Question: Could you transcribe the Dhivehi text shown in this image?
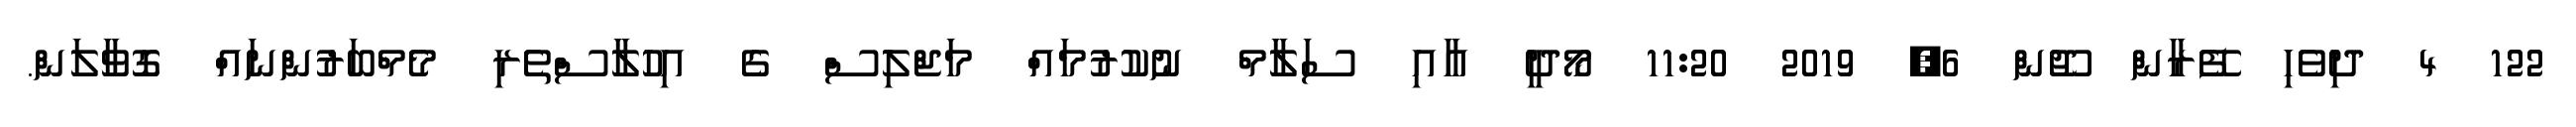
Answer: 122 4 ދިވެހި ފޭރާން ޖޫން 6, 2019 11:20 މޯދީ އާއި ސަލާމް ނުކުރުމައް މަޖްލިސް ގެ އިހުލާސްތެރި މެމްބަރުންނައް ގޮވާލަން.